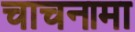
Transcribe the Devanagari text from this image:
चाचनामा